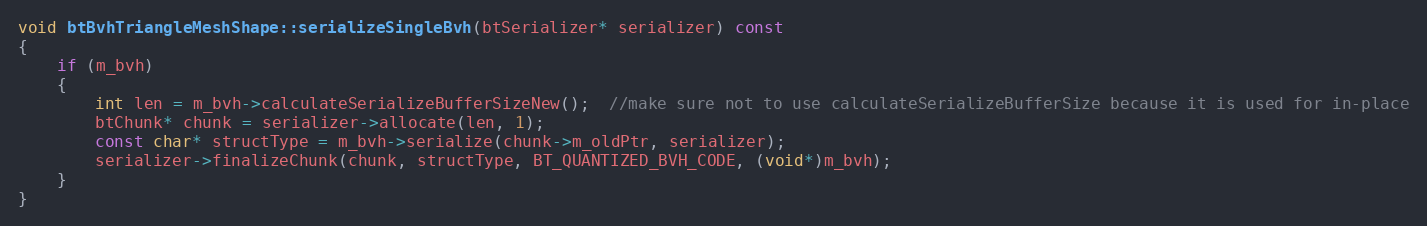
Language: C++
void btBvhTriangleMeshShape::serializeSingleBvh(btSerializer* serializer) const
{
	if (m_bvh)
	{
		int len = m_bvh->calculateSerializeBufferSizeNew();  //make sure not to use calculateSerializeBufferSize because it is used for in-place
		btChunk* chunk = serializer->allocate(len, 1);
		const char* structType = m_bvh->serialize(chunk->m_oldPtr, serializer);
		serializer->finalizeChunk(chunk, structType, BT_QUANTIZED_BVH_CODE, (void*)m_bvh);
	}
}